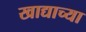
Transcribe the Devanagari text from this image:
खाद्याच्या